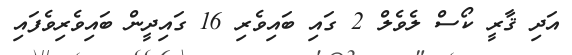
އަދި ޤާރީ ކޯސް ލެވެލް 2 ގައި ބައިވެރި 16 ގައިދީން ބައިވެރިވެފައި